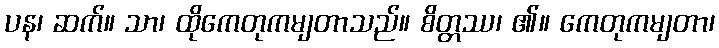
ပန၊ ဆက်။ သာ၊ ထိုကေတုကမျတာသည်။ စိတ္တဿ၊ ၏။ ကေတုကမျတာ၊